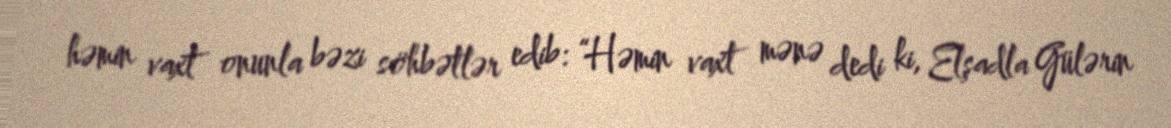
həmin vaxt onunla bəzi söhbətlər edib: “Həmin vaxt mənə dedi ki, Elşadla Gülərin